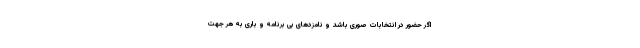
اگر حضور در انتخابات صوری باشد و نامزدهای بی برنامه و باری به هر جهت